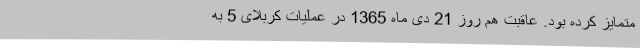
متمایز کرده بود. عاقبت هم روز 21 دی ماه 1365 در عملیات کربلای 5 به